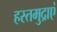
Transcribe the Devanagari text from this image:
हस्तमुद्राएं